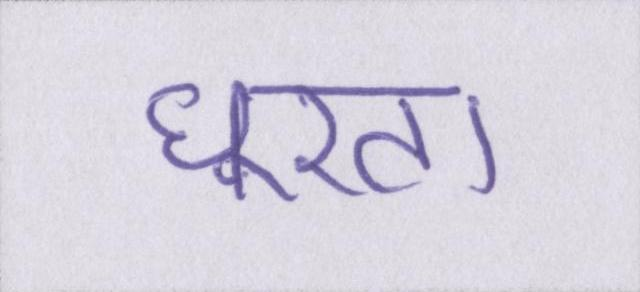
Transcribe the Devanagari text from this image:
घूरता